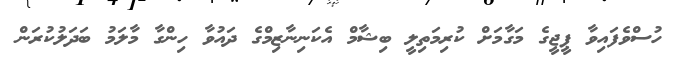
ހުސްވެފައިވާ ޕީޖީގެ މަގާމަށް ކުރިމަތިލީ ބިޝާމް އެކަނިނާޒިމްގެ ދައުވާ ހިންގާ މާލަމު ބަދަލުކުރަން